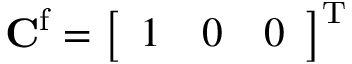
\mathbf { C } ^ { \mathrm { f } } = \left[ \begin{array} { l l l } { 1 } & { 0 } & { 0 } \end{array} \right] ^ { \mathrm { T } }